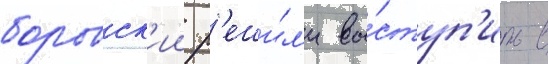
боровск'ии р'еши́л'и вы́ступ'ить в